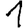
Digit: 1